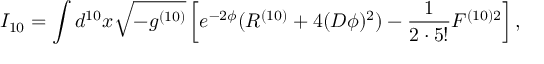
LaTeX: I _ { 1 0 } = \int d ^ { 1 0 } x \sqrt { - g ^ { ( 1 0 ) } } \left[ e ^ { - 2 \phi } ( R ^ { ( 1 0 ) } + 4 ( D \phi ) ^ { 2 } ) - \frac { 1 } { 2 \cdot 5 ! } F ^ { ( 1 0 ) 2 } \right] ,